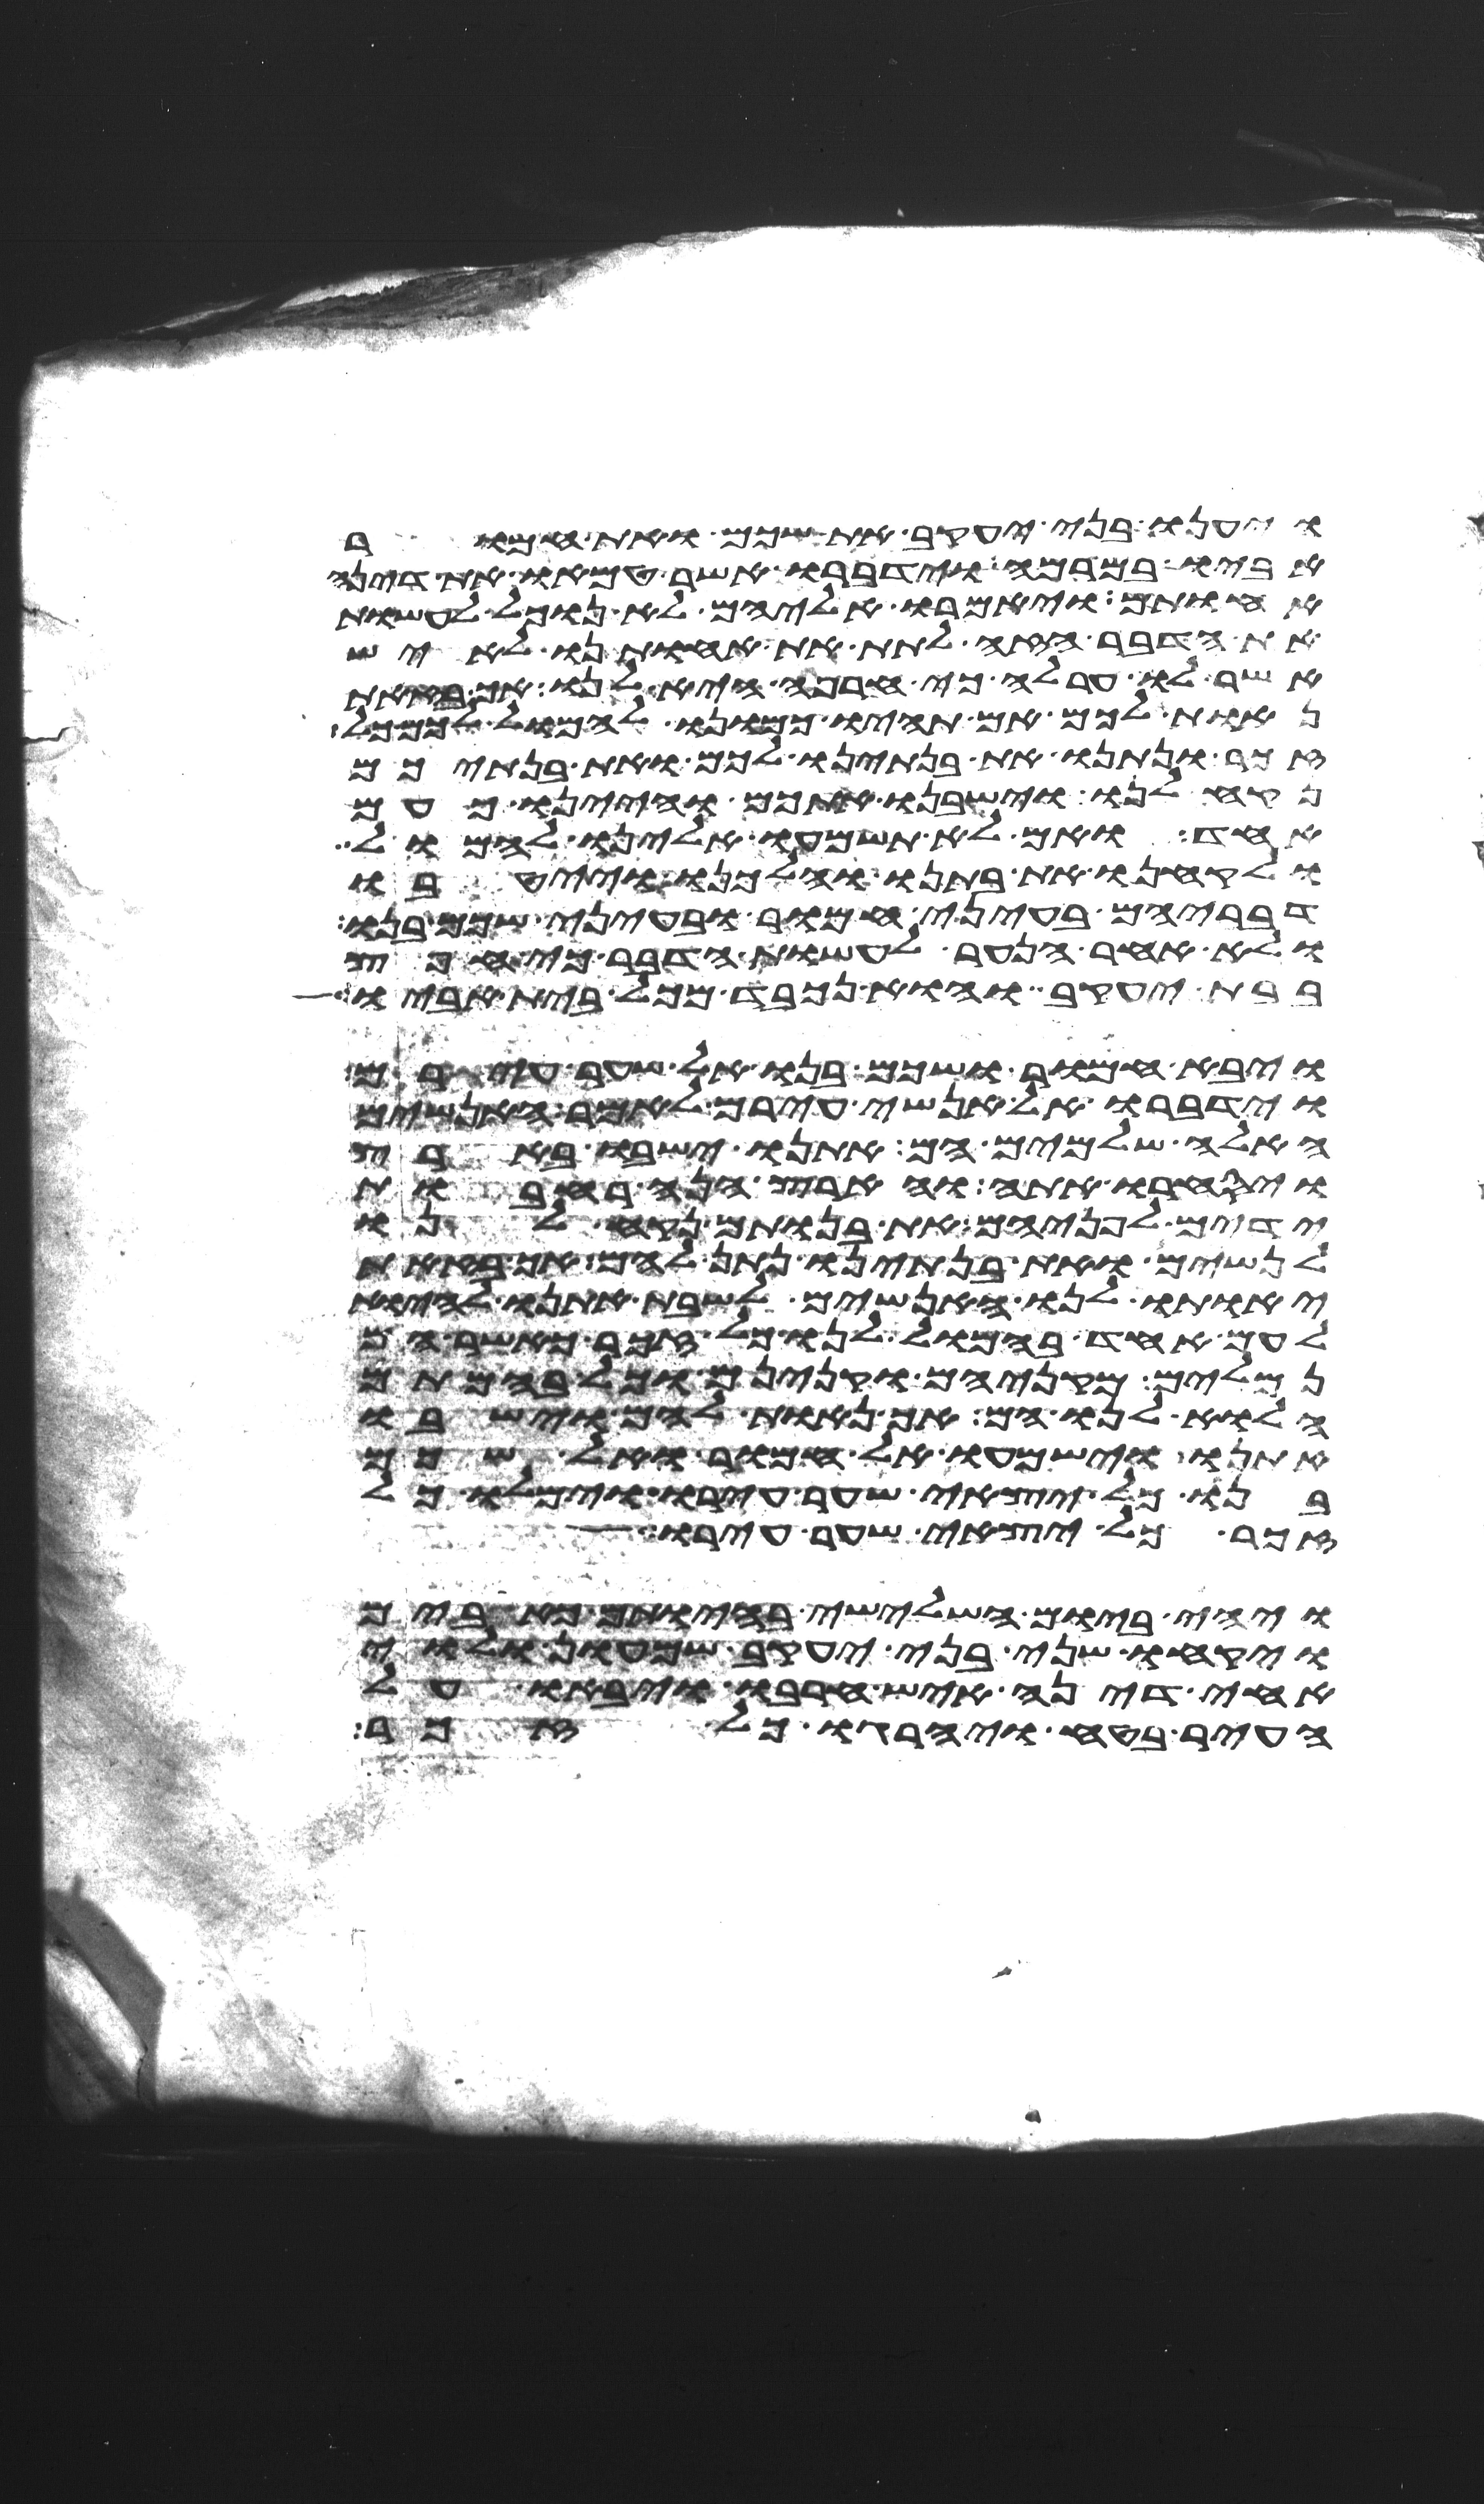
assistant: ויענו בני יעקב את שכם ואת חמור
אביו במרמה וידברו אשר טמאו את דינה
אחותם ויאמרו אליהם לא נוכל לעשות
את הדבר הזה לתת את אחותנו לאיש
אשר לו ערלה כי חרפה היא לנו אך בזאת
נאות לכם אם תהיו כמונו להמול לכם כל
זכר ונתנו את בנתינו לכם ואת בנתיכם
נקח לנו וישבנו אתכם והיינו כעם
אחד ואם לא תשמעו אלינו להמול
ולקחנו את בתנו והלכנו וייטבו
דבריהם בעיני חמור ובעיני שכם בנו
ולא אחר הנער לעשות הדבר כי חפץ
בבת יעקב והוא נכבד מכל בית אביו
ויבא חמור ושכם בנו אל שער עירם
וידברו אל אנשי עירם לאמר האנשים
האלה שלמים הם אתנו ישבו בארץ
ויסחרו אתה והארץ הנה רחבות
ידים לפניהם את בנותם נקח לנו
לנשים ואת בנתינו נתן להם אך בזאת
יאותו לנו האנשים לשבת אתנו להיות
לעם אחד בהמול לנו כל זכר כאשר הם
נמלים מקניהם וקנינם וכל בהמתם
הלוא לנו הם אך נאות להם וישבו
אתנו וישמעו אל חמור ואל שכם
בנו כל יצאי שער עירו וימלו כל
זכר כל יצאי שער עירו
ויהי ביום השלישי בהיותם כאבים
ויקחו שני בני יעקב שמעון ולוי
אחי דינה איש חרבו ויבאו על
העיר בטח ויהרגו כל זכר